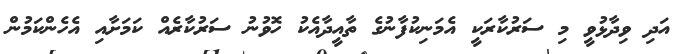
އަދި ވިދާޅުވީ މި ސަރުކާރަކީ އެމަނިކުފާނުގެ ތާއީދާއެކު ހޮވުނު ސަރުކާރެއް ކަމަށާއި އެހެންކަމުން